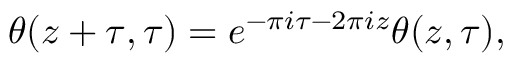
\theta ( z + \tau , \tau ) = e ^ { - \pi i \tau - 2 \pi i z } \theta ( z , \tau ) ,